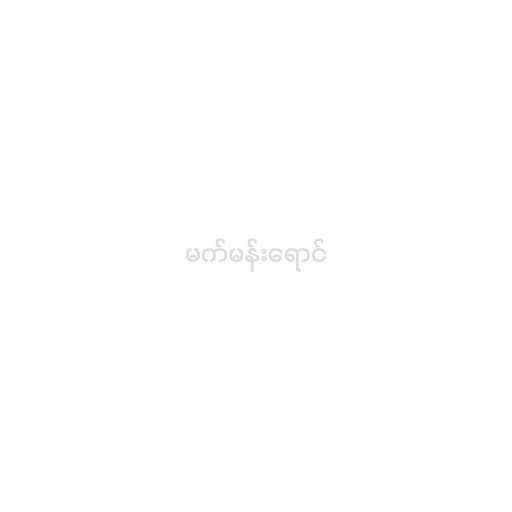
မက်မန်းရောင်